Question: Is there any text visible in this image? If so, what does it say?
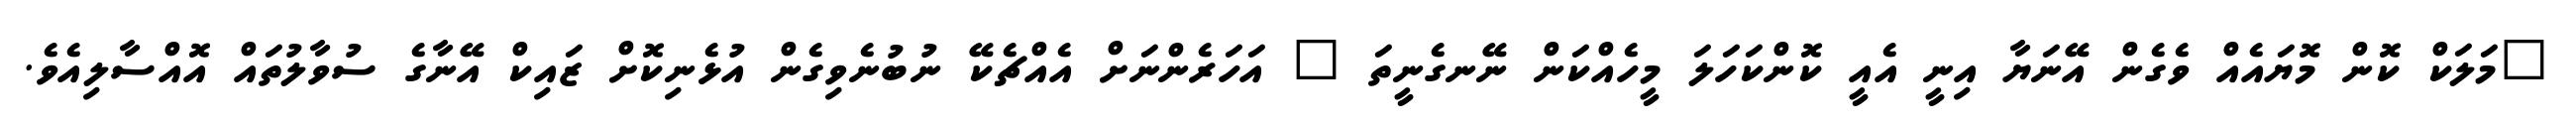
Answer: "މަލަކް ކޮން މޮޔައެއް ވެގެން އޭނަޔާ އިނީ އެއީ ކޮންކަހަލަ މީހެއްކަން ނޭނގެނީތަ " އަހަރެންނަށް އެއްޗެކޭ ނުބުނެވިގެން އުޅެނިކޮށް ޒައިކް އޭނާގެ ސުވާލުތައް އޮއްސާލިއެވެ.